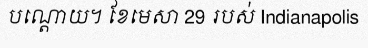
បណ្តោយ។ ខែមេសា 29 របស់ Indianapolis